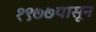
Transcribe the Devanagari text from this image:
१९७७पासून